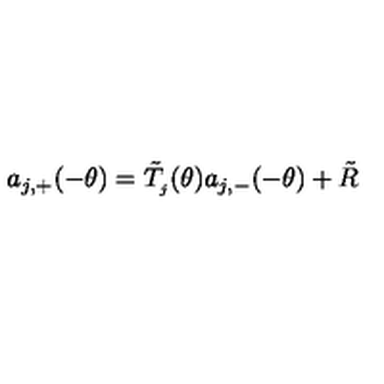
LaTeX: a _ { j , + } ( - \theta ) = \tilde { T } _ { _ { j } } ( \theta ) a _ { j , - } ( - \theta ) + \tilde { R }